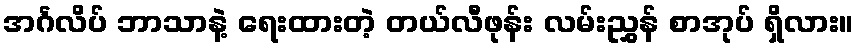
အင်္ဂလိပ် ဘာသာနဲ့ ရေးထားတဲ့ တယ်လီဖုန်း လမ်းညွှန် စာအုပ် ရှိလား။